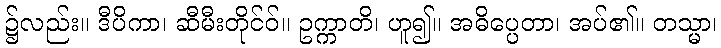
၌လည်း။ ဒီပိကာ၊ ဆီမီးတိုင်ဝ်။ ဥက္ကာတိ၊ ဟူ၍။ အဓိပ္ပေတာ၊ အပ်၏။ တသ္မာ၊